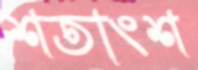
শতাংশ